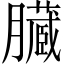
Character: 臓